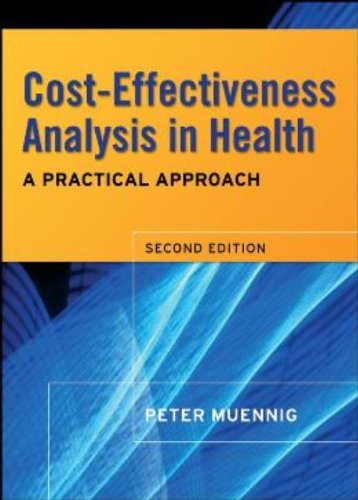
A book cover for Cost-Effectiveness Analysis in Health: A Practical Approach; Peter Muennig; Medical Books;